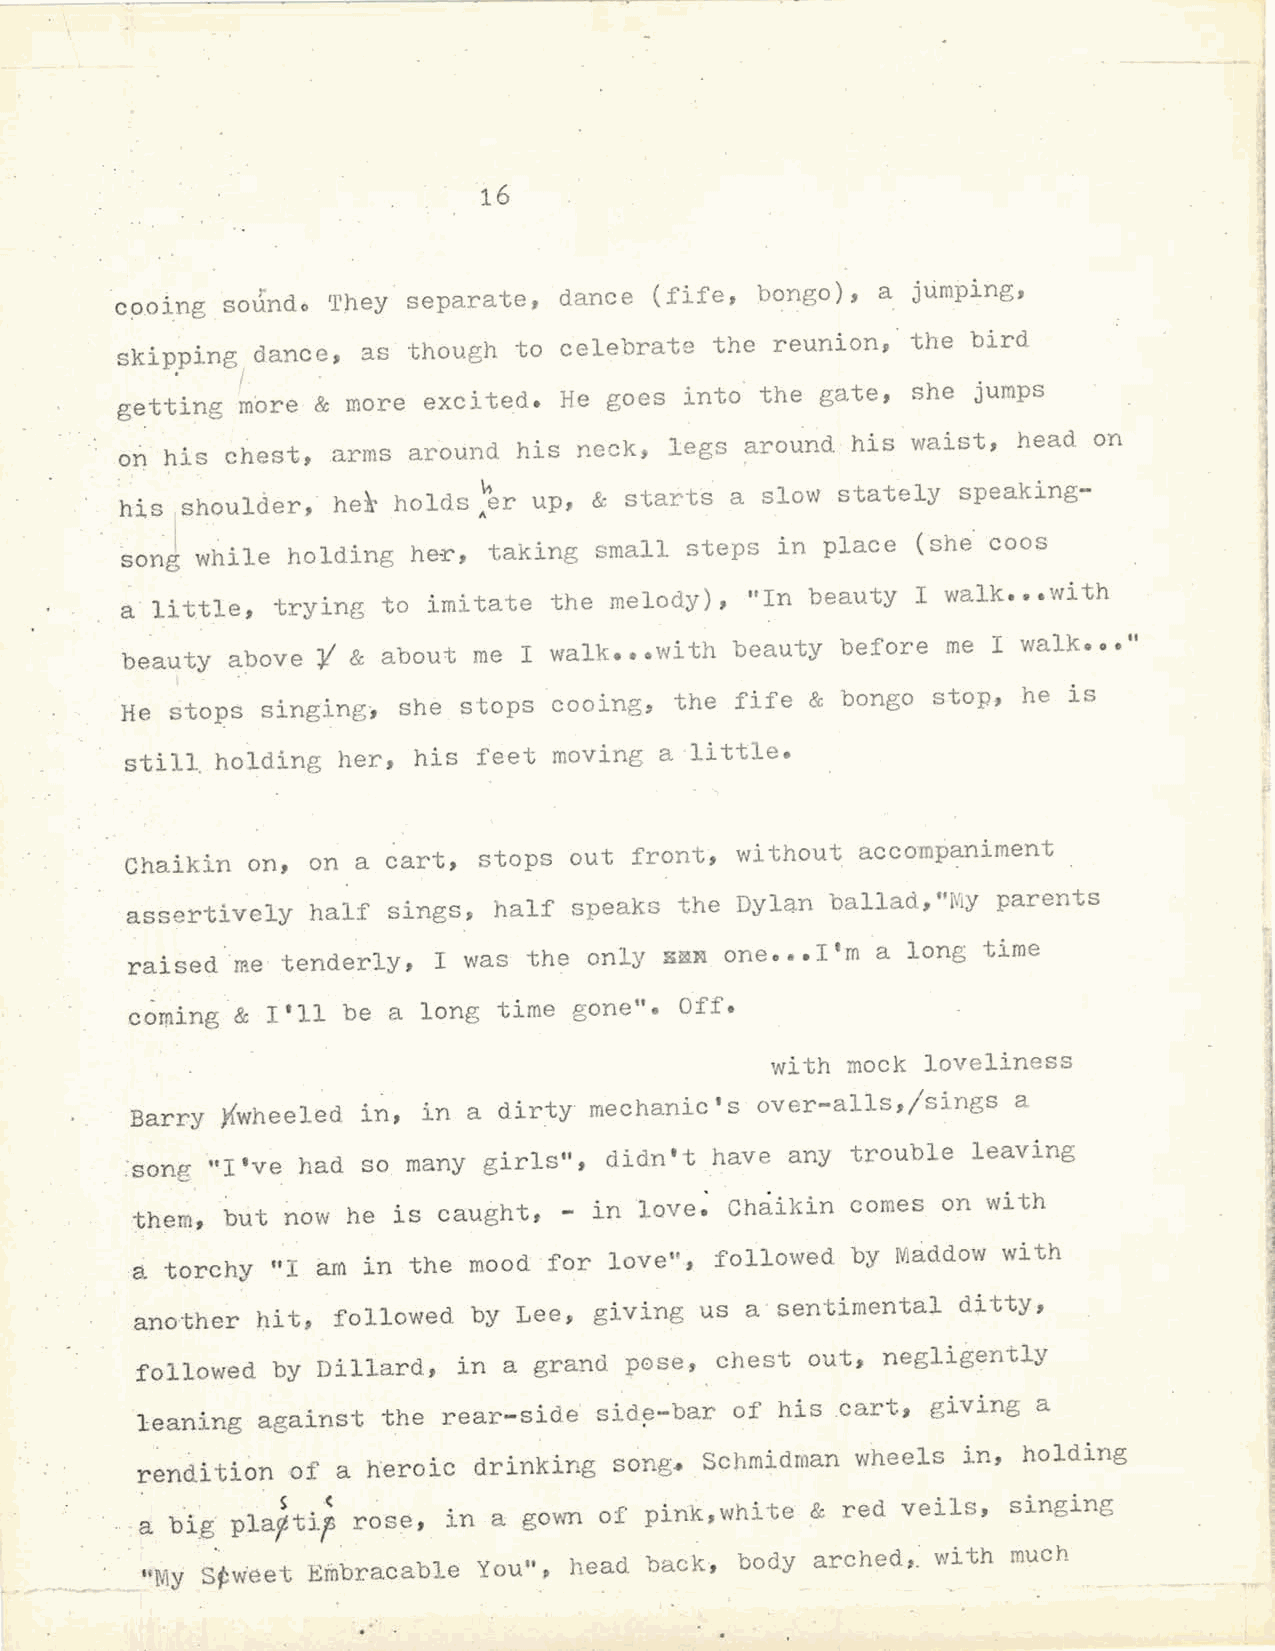
I
 16
 J
 ,.
 cooingsoundo  'r)1ey separate, dance (fife, bongo), a jumping,
 skipping dance, ~s though to celebrate the reunion9 the bird
 getting mI bre & more excited. He goes into the gate, she jumps
 o~
 his chest, arms around his neck, legs around his waist, head on
 . '
 his shoulder, he~ holds~\1 r up, & stafts a slow stately speaking-
 son~ w~ile holding her, taking small steps  in place (sh~ coos
 a · little, trying to imitate the melody), "In beauty I walk ••• with
 beauty above¥  & about me  I walk ••• with beauty before me I walk• o•"
 stops cooing, the fife & bongo stop, he is
 He ~tops singing~ sh~
 still holding her, his  feet moving a little.
 Chai kin on, on a cart, stops out front, without accompaniment
 assertively  half sings, half speaks the Dylan ballad, "l\'Jy parents
 raised  me tenderly, I was the only E~N one ••• I'm a long time
 coming & I'll be a long time gone". Off.
 with mock loveliness
 Barry }'{wheeled in, in a dirty mechanic's over-alls,/sings a
 ·song "I •ve had so many girls", didn't have any trouble leaving
 them, b~t now he is caught, - in love~ Ch~ikin comes on with
 :3.
 torchy "I am in the mood for love", followed by Maddow with
 another })it, followed by Lee, giving us a ·sentimental ditty,
 followed by Dillard, in a grand pose, chest  out, negligently
 l eaning against the rear-side sid~-bar of his cart, giving a
 rendition of a heroic drinking  song. _Schmidman wheels in, holding
 · ··· a big. pla)s ttip( rose, in a gown of pink, white & red veils, singing
 "My Stw·eet Embracable You", head back, body arched,_' with much